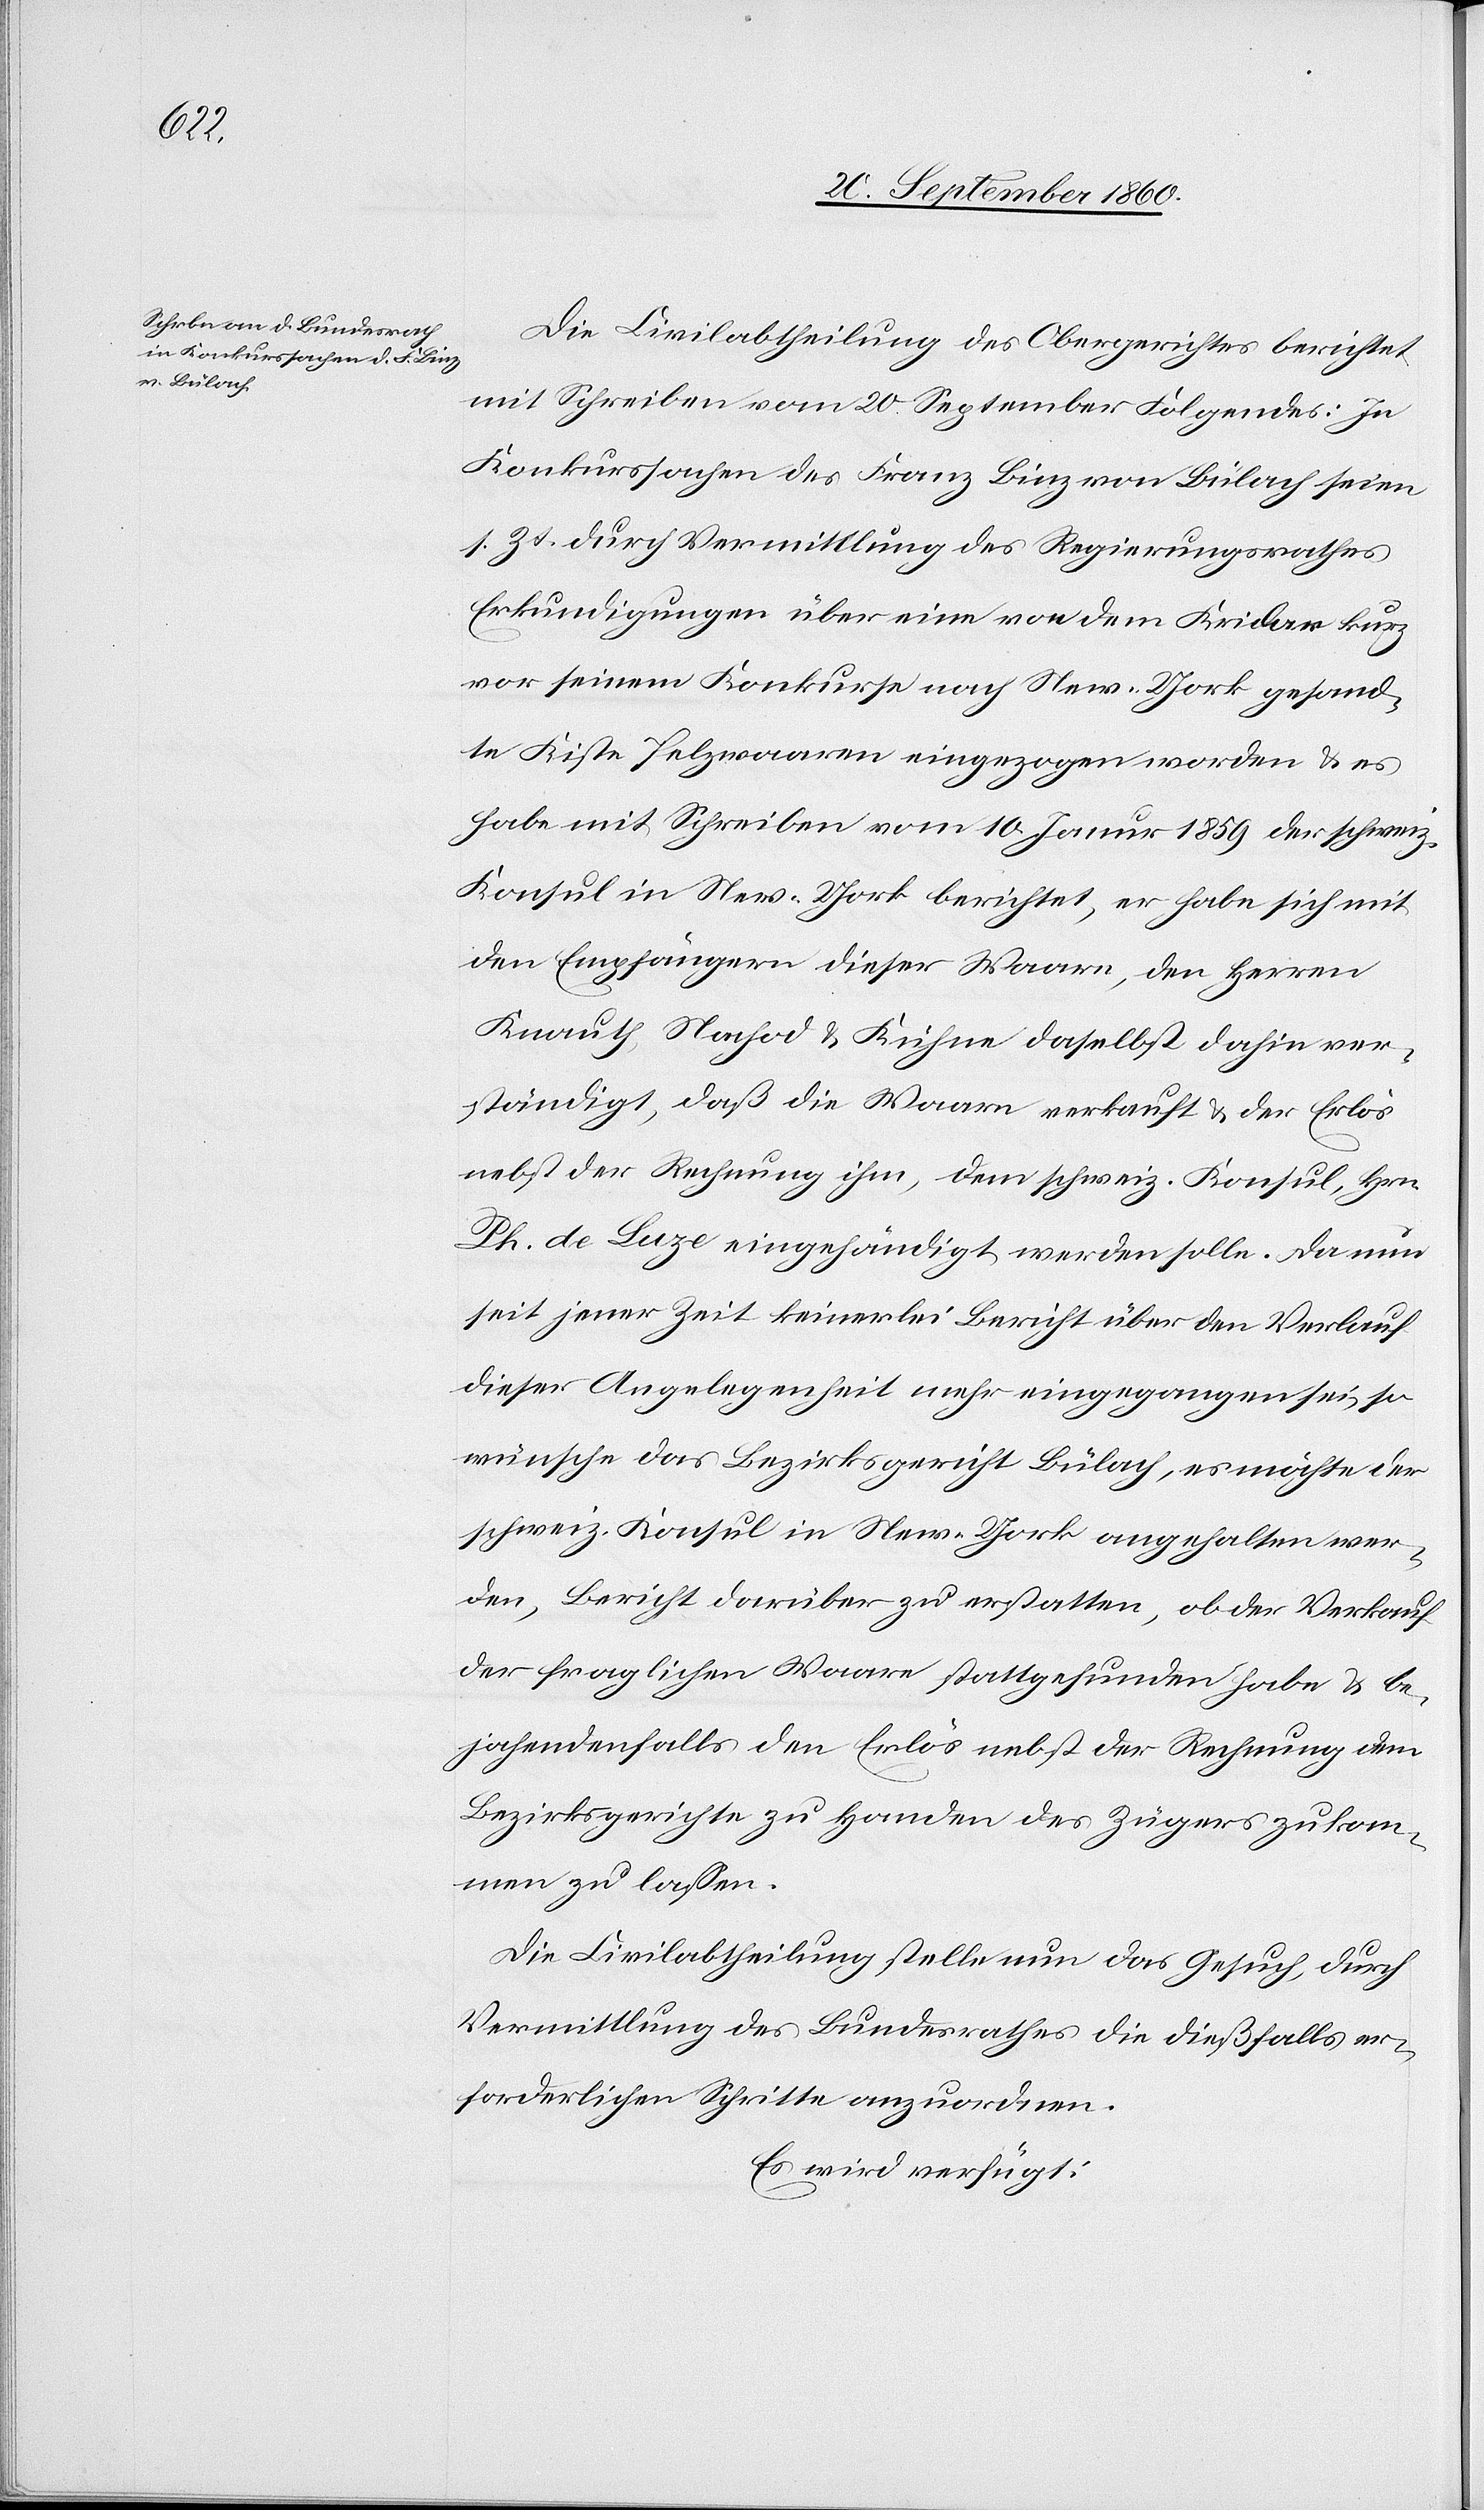
Actum

27. September 1860.]
Die Civilabtheilung des Obergerichtes berichtet
mit Schreiben vom 20. September Folgendes: In
Konkurssachen des Franz Binz von Bülach seien
s. Zt. durch Vermittlung des Regierungsrathes
Erkundigungen über eine von dem Krickar kurz
vor seinem Konkurse nach New-York besand¬
te Kiste Pelzwaaren eingezogen worden & es
habe mit Schreiben vom 10. Januar 1859 der schweiz.
Konsul in New-York berichtet, er habe sich mit
den Empfängern dieser Waare, den Herren
Knauth, Nachod & Kühne daselbst dahin ver¬
ständigt, daß die Waare verkauft & der Erlös
nebst der Rechnung ihm, dem schweiz. Konsul, Hrn.
Ph. de Luze eingehändigt werden solle. Da nun
seit jener Zeit keinerlei Bericht über den Verkauf
dieser Angelegenheit mehr eingegangen sei, so
wünsche das Bezirksgericht Bülach, es möchte der
schweiz. Konsul in New-York angehalten wer¬
den, Bericht darüber zu erstatten, ob der Verkauf
der fraglichen Waare stattgefunden habe & be¬
jahendenfalls den Erlös nebst der Rechnung dem
Bezirksgerichte zu Handen des Zeigers zukom¬
men zu lassen.
Die Civilabtheilung stelle nun das Gesuch, durch
Vermittlung des Bundesrathes die dießfalls er¬
forderlichen Schritte anzuordnen.
Es wird verfügt: